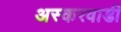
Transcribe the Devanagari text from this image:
अस्करवाडी